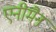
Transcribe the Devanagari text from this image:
एनीमैन